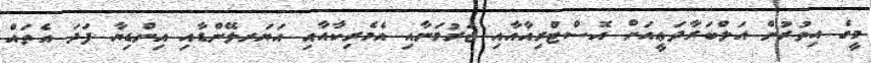
މީގެ އިތުރުން އަލްބަރާދަޢީއަށް އޮސްޓްރިއާއާއި ޖަރުމަނާއި އެމެރިކާއާއި އަޔަރލޭންޑާއި އިންޑިޔާ ފަދަ އެތައް